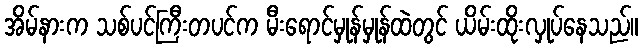
အိမ်နားက သစ်ပင်ကြီးတပင်က မီးရောင်မှုန်မှုန်ထဲတွင် ယိမ်းထိုးလှုပ်နေသည်။